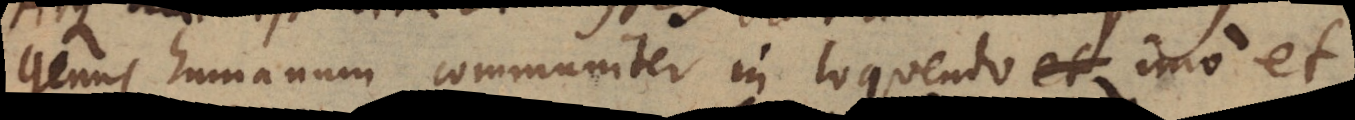
genus humanum communiter in loquendo et imo et